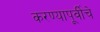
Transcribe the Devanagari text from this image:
करण्यापूर्वीचे